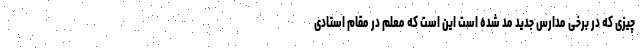
چیزی که در برخی مدارس جدید مد شده است این است که معلم در مقام استادی